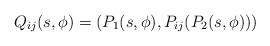
LaTeX: \begin{align*}Q_{ij}(s,\phi)=\left(P_1(s,\phi),P_{ij}(P_2(s,\phi))\right)\end{align*}